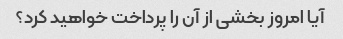
آیا امروز بخشی از آن را پرداخت خواهید کرد؟